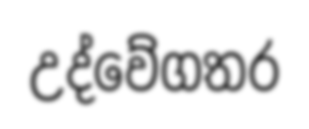
උද්වේගතර